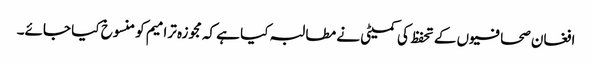
افغان صحافیوں کے تحفظ کی کمیٹی نے مطالبہ کیا ہے کہ مجوزہ ترامیم کو منسوخ کیا جائے۔